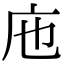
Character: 𢇚